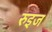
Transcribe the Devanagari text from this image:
रुइज